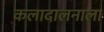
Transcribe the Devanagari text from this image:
कलादालनाला